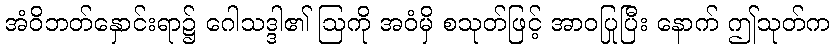
အံဝိဘတ်နှောင်းရာ၌ ဂေါသဒ္ဒါ၏ ဩကို အဝံမှိ စသုတ်ဖြင့် အာဝပြုပြီး နောက် ဤသုတ်က